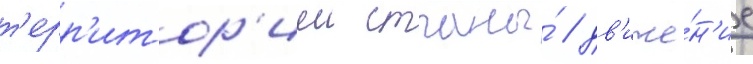
т'ерр'итор'иеи страны́ / дв'иже́н'ие